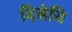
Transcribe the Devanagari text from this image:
दिसेचि